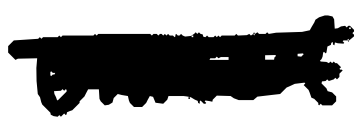
Text: United
Cross-out: scratch
Writing tool: digital_black